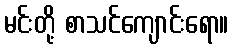
မင်းတို့ စာသင်ကျောင်းရော။